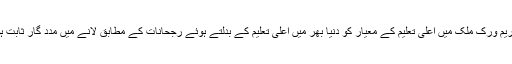
یہ فریم ورک ملک میں اعلیٰ تعلیم کے معیار کو دنیا بھر میں اعلیٰ تعلیم کے بدلتے ہوئے رجحانات کے مطابق لانے میں مدد گار ثابت ہوگا۔